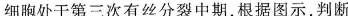
细胞处于第三次有丝分裂中期，根据图示，判断